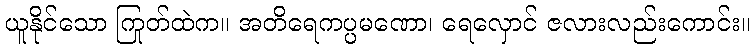
ယူနိုင်သော ကြုတ်ထဲက။ အတိရေကပ္ပမဏော၊ ရေလှောင် ဇလားလည်းကောင်း။